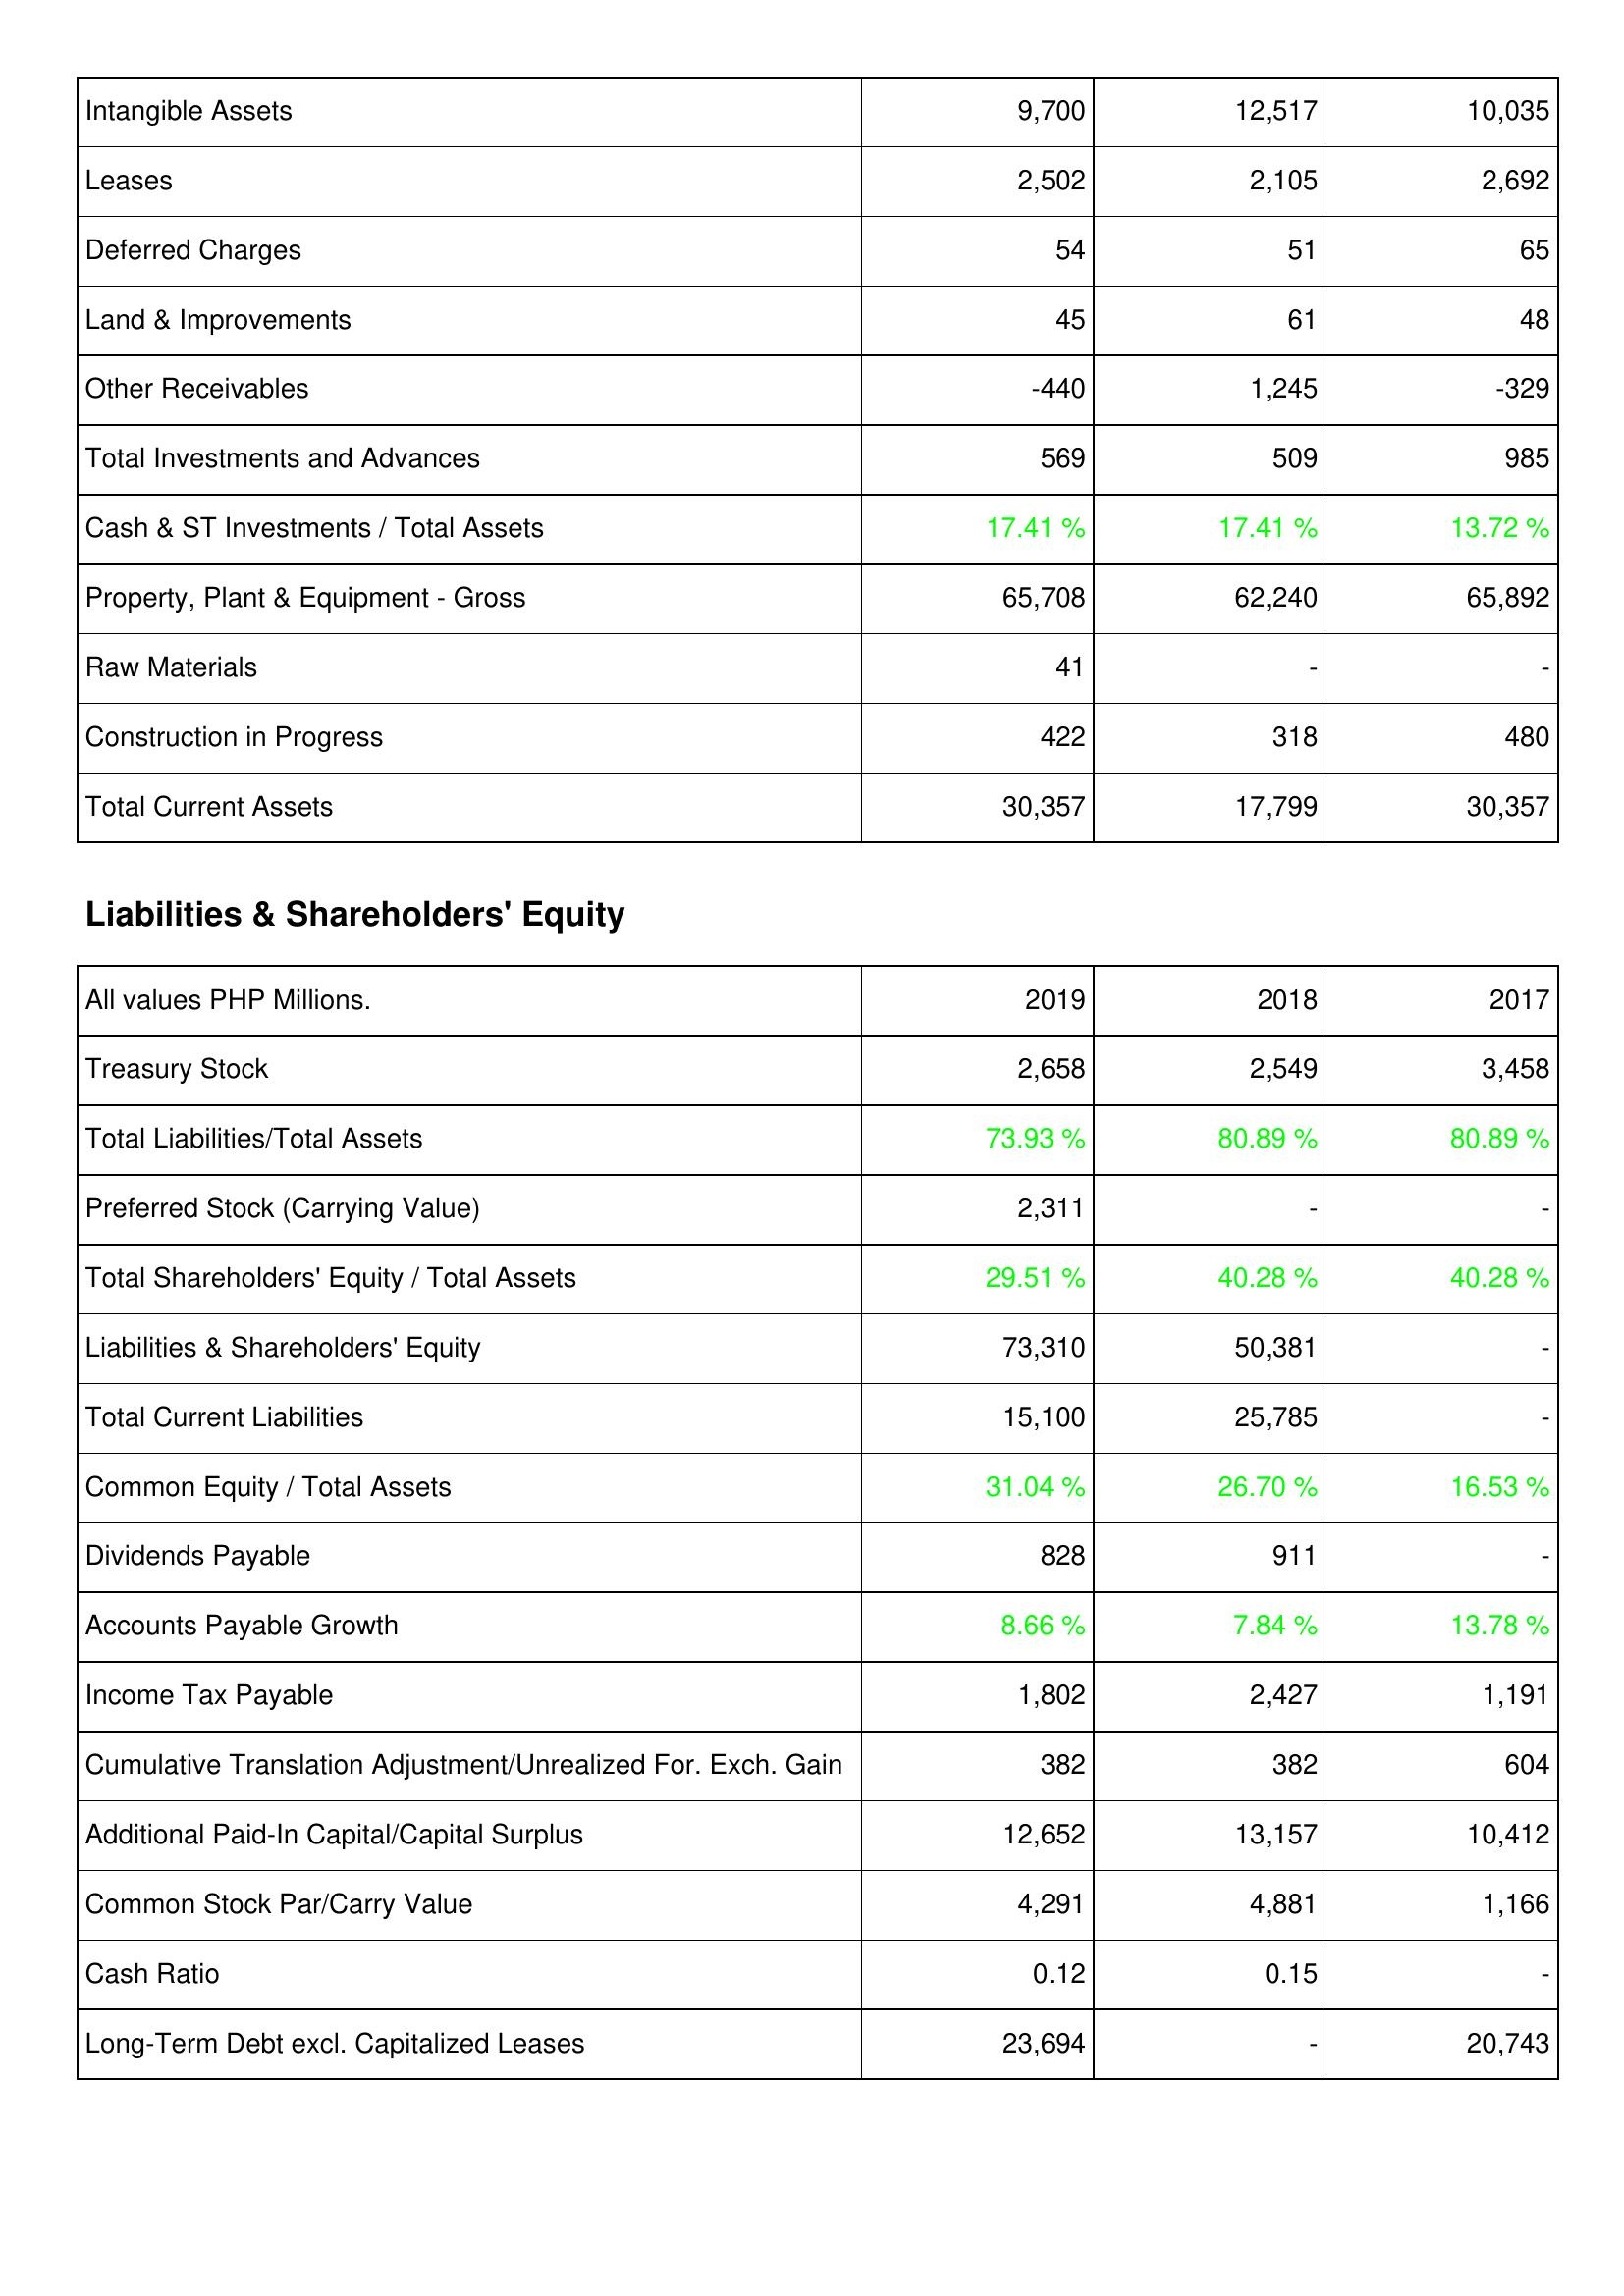
2019: Assets: Intangible Assets: 9,700
Leases: 2,502
Deferred Charges: 54
Land & Improvements: 45
Other Receivables: -440
Total Investments and Advances: 569
Cash & ST Investments / Total Assets: 17.41 %
Property, Plant & Equipment - Gross: 65,708
Raw Materials: 41
Construction in Progress: 422
Total Current Assets: 30,357
Liabilities & Shareholders' Equity: Treasury Stock: 2,658
Total Liabilities/Total Assets: 73.93 %
Preferred Stock (Carrying Value): 2,311
Total Shareholders' Equity / Total Assets: 29.51 %
Liabilities & Shareholders' Equity: 73,310
Total Current Liabilities: 15,100
Common Equity / Total Assets: 31.04 %
Dividends Payable: 828
Accounts Payable Growth: 8.66 %
Income Tax Payable: 1,802
Cumulative Translation Adjustment/Unrealized For. Exch. Gain: 382
Additional Paid-In Capital/Capital Surplus: 12,652
Common Stock Par/Carry Value: 4,291
Cash Ratio: 0.12
Long-Term Debt excl. Capitalized Leases: 23,694
2018: Assets: Intangible Assets: 12,517
Leases: 2,105
Deferred Charges: 51
Land & Improvements: 61
Other Receivables: 1,245
Total Investments and Advances: 509
Cash & ST Investments / Total Assets: 17.41 %
Property, Plant & Equipment - Gross: 62,240
Raw Materials: -
Construction in Progress: 318
Total Current Assets: 17,799
Liabilities & Shareholders' Equity: Treasury Stock: 2,549
Total Liabilities/Total Assets: 80.89 %
Preferred Stock (Carrying Value): -
Total Shareholders' Equity / Total Assets: 40.28 %
Liabilities & Shareholders' Equity: 50,381
Total Current Liabilities: 25,785
Common Equity / Total Assets: 26.70 %
Dividends Payable: 911
Accounts Payable Growth: 7.84 %
Income Tax Payable: 2,427
Cumulative Translation Adjustment/Unrealized For. Exch. Gain: 382
Additional Paid-In Capital/Capital Surplus: 13,157
Common Stock Par/Carry Value: 4,881
Cash Ratio: 0.15
Long-Term Debt excl. Capitalized Leases: -
2017: Assets: Intangible Assets: 10,035
Leases: 2,692
Deferred Charges: 65
Land & Improvements: 48
Other Receivables: -329
Total Investments and Advances: 985
Cash & ST Investments / Total Assets: 13.72 %
Property, Plant & Equipment - Gross: 65,892
Raw Materials: -
Construction in Progress: 480
Total Current Assets: 30,357
Liabilities & Shareholders' Equity: Treasury Stock: 3,458
Total Liabilities/Total Assets: 80.89 %
Preferred Stock (Carrying Value): -
Total Shareholders' Equity / Total Assets: 40.28 %
Liabilities & Shareholders' Equity: -
Total Current Liabilities: -
Common Equity / Total Assets: 16.53 %
Dividends Payable: -
Accounts Payable Growth: 13.78 %
Income Tax Payable: 1,191
Cumulative Translation Adjustment/Unrealized For. Exch. Gain: 604
Additional Paid-In Capital/Capital Surplus: 10,412
Common Stock Par/Carry Value: 1,166
Cash Ratio: -
Long-Term Debt excl. Capitalized Leases: 20,743